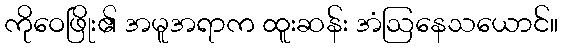
ကိုဝေဖြိုး၏ အမူအရာက ထူးဆန်း အံဩနေသယောင်။